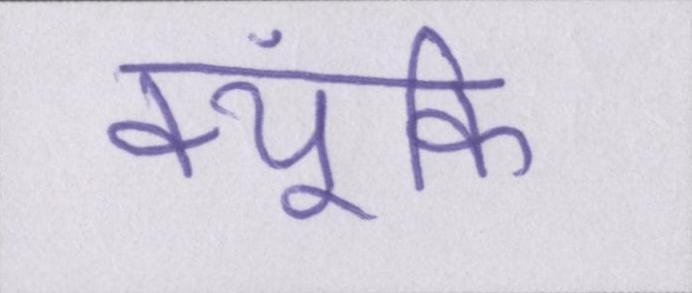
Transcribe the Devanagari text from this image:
क्यूंकि